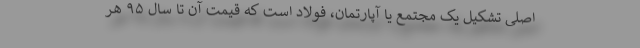
اصلی تشکیل یک مجتمع یا آپارتمان، فولاد است که قیمت آن تا سال ۹۵ هر